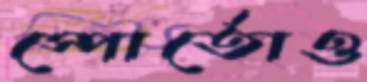
স্পোর্তোও